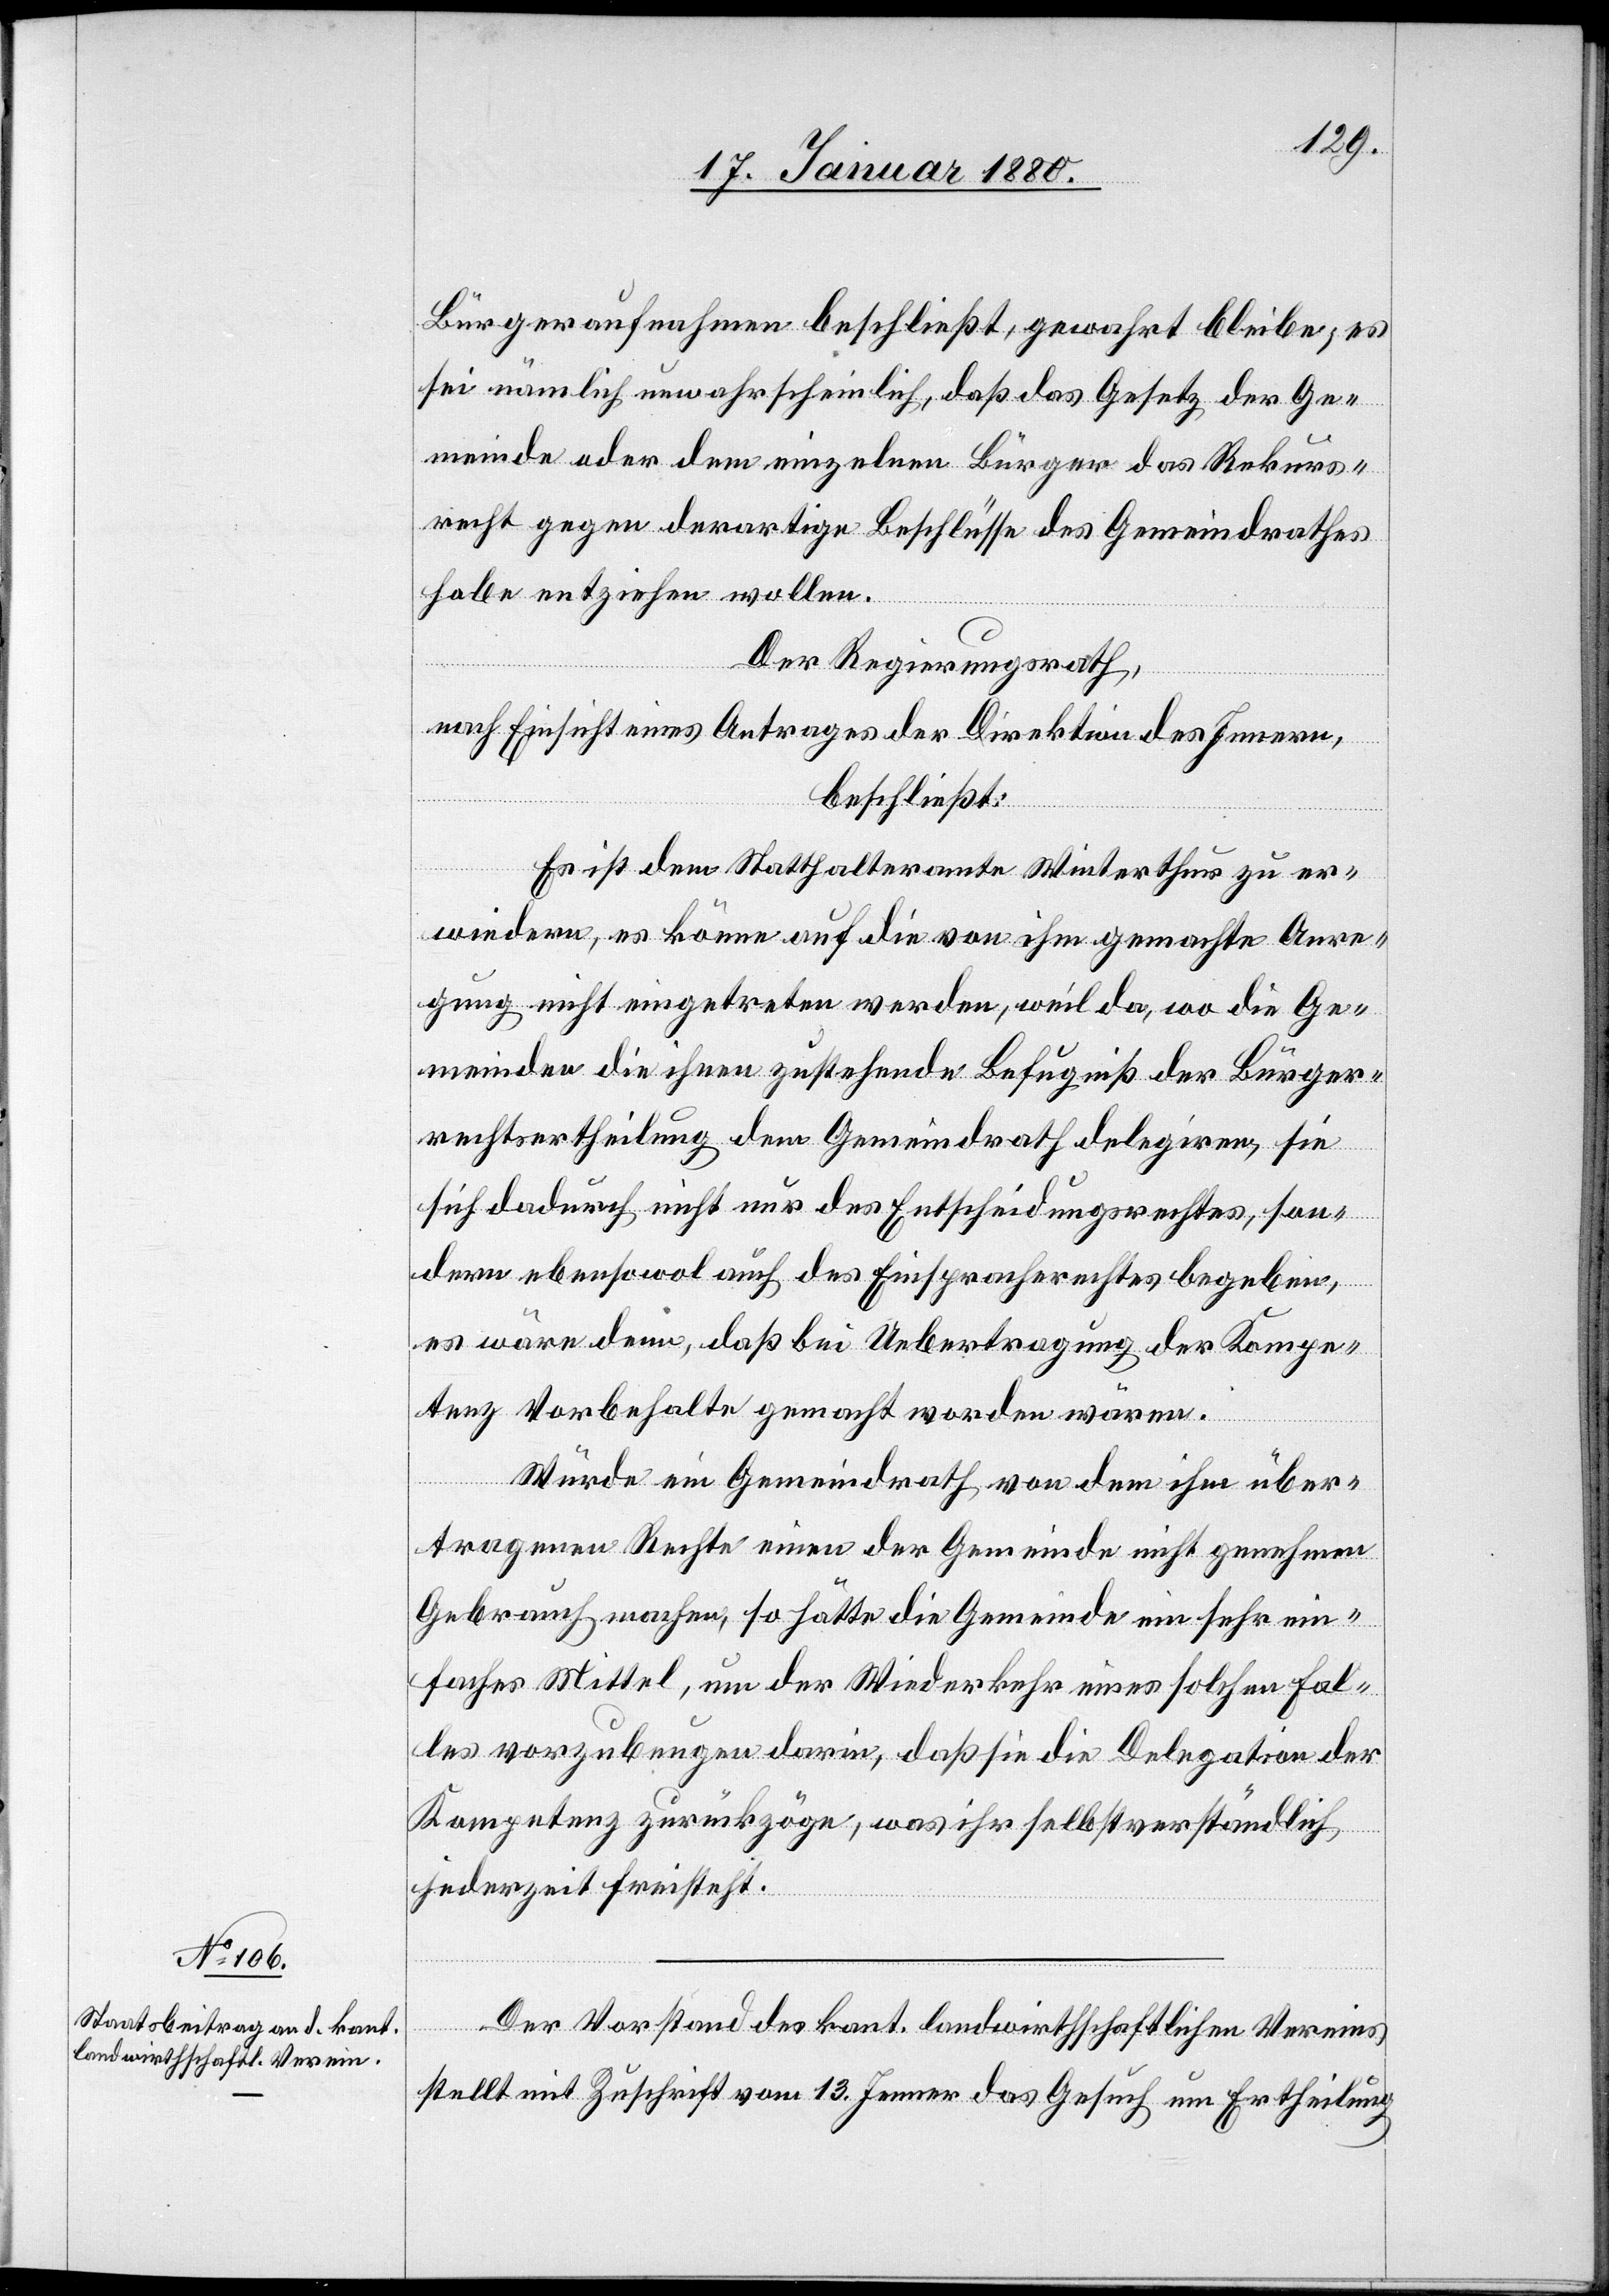
Bürgeraufnahmen beschließt, gewahrt bleibe; es
sei nämlich unwahrscheinlich, daß das Gesetz der Ge¬
meinde oder dem einzelnen Bürger das Rekurs¬
recht gegen derartige Beschlüsse des Gemeindrathes
habe entziehen wollen.
Der Regierungsrath,
nach Einsicht eines Antrages der Direktion des Innern,
beschließt:
Es ist dem Statthalteramte Winterthur zu er¬
wiedern, es könne auf die von ihm gemachte Anre¬
gung nicht eingetreten werden, weil da, wo die Ge¬
meinden die ihnen zustehende Befugniß der Bürger¬
rechtsertheilung dem Gemeindrath delegiren, sie
sich dadurch nicht nur des Entscheidungsrechtes, son¬
dern ebensowol auch des Einspracherechtes begeben,
es wäre denn, daß bei Uebertragung der Kompe¬
tenz Vorbehalte gemacht worden wären.
Würde ein Gemeindrath von dem ihm über¬
tragenen Rechte einen der Gemeinde nicht genehmen
Gebrauch machen, so hätte die Gemeinde ein sehr ein¬
faches Mittel, um der Wiederkehr eines solchen Fal¬
les vorzubeugen darin, daß sie die Delegation der
Kompetenz zurückzöge, was ihr selbstverständlich
jederzeit freisteht.
Der Vorstand des kant. landwirthschaftlichen Vereins
stellt mit Zuschrift vom 13. Jenner das Gesuch um Ertheilung